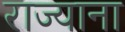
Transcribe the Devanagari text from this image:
राज्याना